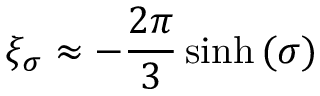
\xi _ { \sigma } \approx - \frac { 2 \pi } { 3 } \sinh { ( \sigma ) }